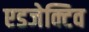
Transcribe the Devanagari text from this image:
एडजेक्टिव